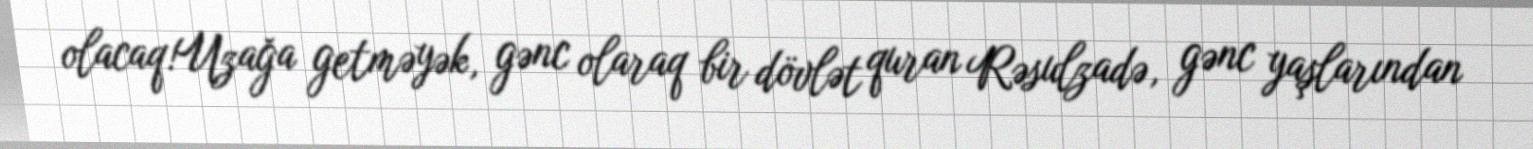
olacaq!Uzağa getməyək, gənc olaraq bir dövlət quran Rəsulzadə, gənc yaşlarından